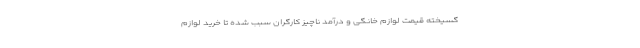
گسیخته قیمت لوازم خانگی و درآمد ناچیز کارگران سبب شده تا خرید لوازم